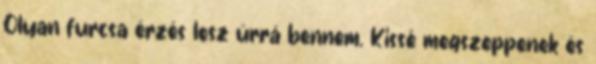
Olyan furcsa érzés lesz úrrá bennem. Kissé megszeppenek és